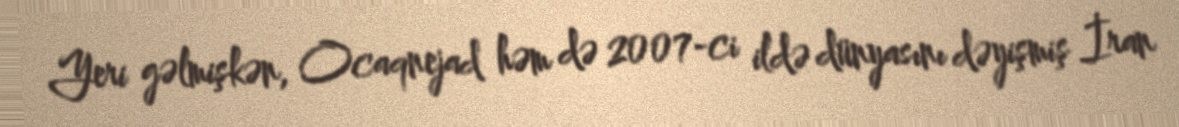
Yeri gəlmişkən, Ocaqnejad həm də 2007-ci ildə dünyasını dəyişmiş İran